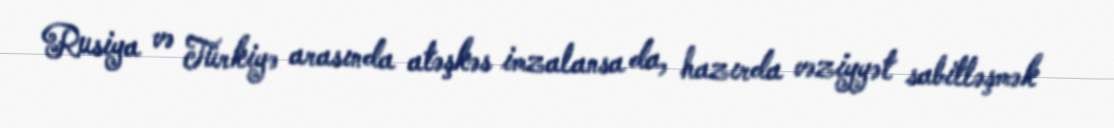
Rusiya və Türkiyə arasında atəşkəs imzalansa da, hazırda vəziyyət sabitləşmək